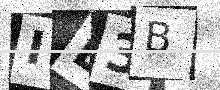
Text: ID3B